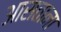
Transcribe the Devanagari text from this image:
आसताना